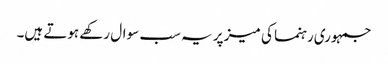
جمہوری رہنما کی میز پر یہ سب سوال رکھے ہوتے ہیں۔